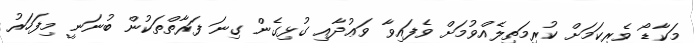
މަކާޑޯ ވެރިކަމަށް ކުރިމަތިލެއްވުމަށް ވެފައިވާ ވަޢުދާއި ގުޅިގެން ގިނަ ފަރާތްތަކުން ބުނަނީ މިފަހަރު